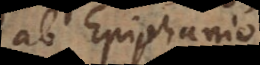
ab Epiphanio